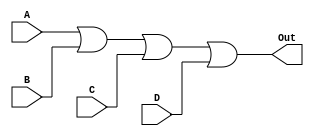
module OR_gate (
    input A, 
    input B, 
    input C, 
    input D, 
    output reg Out
);

always @* begin
    Out = A | B | C | D;
end

endmodule